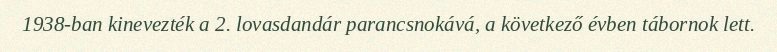
1938-ban kinevezték a 2. lovasdandár parancsnokává, a következő évben tábornok lett.